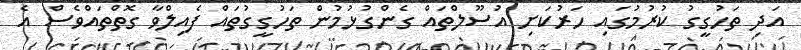
އަދި ތަހުގީގު ކުރުމުގައި ހަރުކަށި އުސޫލްތައް ގެންގުޅުމުން ތަހުގީގުތައް ފެއިލްވާ ގޮތްތައްވެސް އެ